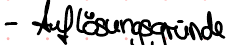
- Auflösungsgründe